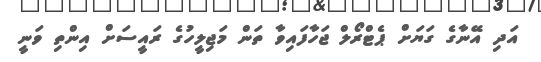
އަދި އޭނާގެ ގަޔަށް ޕެޓްރޯލް ޖަހާފައިވާ ތަން މަޖިލީހުގެ ރައީސަށް އިންތި ވަނީ